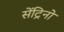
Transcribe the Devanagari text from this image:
सेंट्रिनो